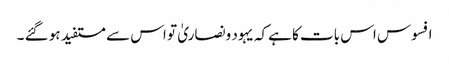
افسوس اس بات کا ہےکہ یہود ونصاریٰ تو اس سے مستفید ہو گئے ۔